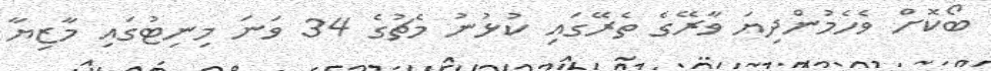
ބޯކޮށް ވެހެމުންދިޔަ ވާރޭގެ ތެރޭގައި ކުޅުނު މެޗުގެ 34 ވަނަ މިނިޓުގައި މާޒިޔާ